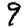
Digit: 9